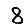
Digit: 8